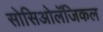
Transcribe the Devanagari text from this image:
सोसिओलॅजिकल